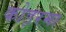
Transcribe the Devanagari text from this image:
कोड़रमा